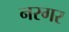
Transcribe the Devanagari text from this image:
नरगर